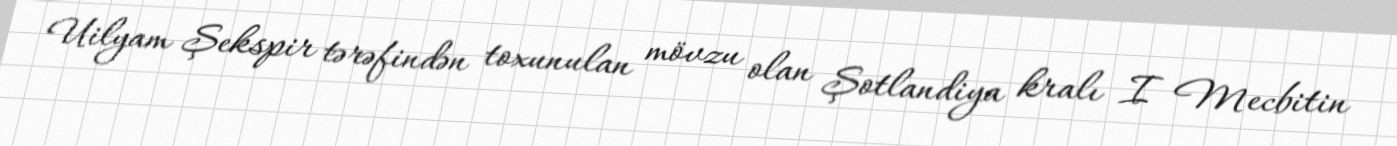
Uilyam Şekspir tərəfindən toxunulan mövzu olan Şotlandiya kralı I Mecbitin